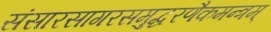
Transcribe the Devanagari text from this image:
संसारसागरसमुद्धरणैकमन्त्रम्